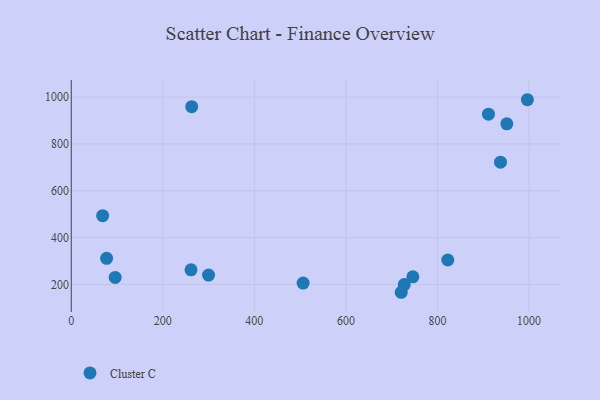
{"axis": {"x": "Engine Size", "y": "Yield"}, "legend": ["Cluster C"], "data": [{"x": "720.9", "y": 166.5, "type": "Cluster C"}, {"x": "746.3", "y": 232.6, "type": "Cluster C"}, {"x": "506.5", "y": 205.8, "type": "Cluster C"}, {"x": "951.6", "y": 885.7, "type": "Cluster C"}, {"x": "263.1", "y": 959.1, "type": "Cluster C"}, {"x": "68.5", "y": 493.5, "type": "Cluster C"}, {"x": "911.5", "y": 926.9, "type": "Cluster C"}, {"x": "822.6", "y": 304.4, "type": "Cluster C"}, {"x": "996.5", "y": 988.6, "type": "Cluster C"}, {"x": "95.9", "y": 229.7, "type": "Cluster C"}, {"x": "261.6", "y": 262.3, "type": "Cluster C"}, {"x": "727.4", "y": 199.5, "type": "Cluster C"}, {"x": "77.2", "y": 311.6, "type": "Cluster C"}, {"x": "937.8", "y": 721.8, "type": "Cluster C"}, {"x": "299.9", "y": 239.8, "type": "Cluster C"}]}